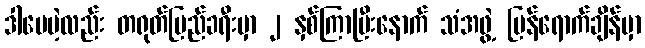
ဒါပေမဲ့လည်း တရုတ်ပြည်ခရီးမှာ ၂ နှစ်ကြာပြီးနောက် သံအဖွဲ့ ပြန်ရောက်ချိန်မှာ